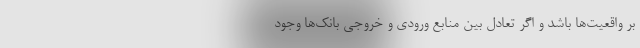
بر واقعیت‌ها باشد و اگر تعادل بین منابع ورودی و خروجی بانک‌ها وجود